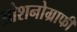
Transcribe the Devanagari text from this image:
ओशनोग्राफी